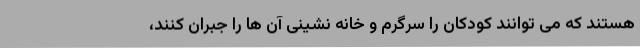
هستند که می توانند کودکان را سرگرم و خانه نشینی آن ها را جبران کنند،